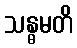
သန္ဓမတိ